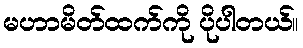
မဟာမိတ်ထက်ကို ပိုပါတယ်။